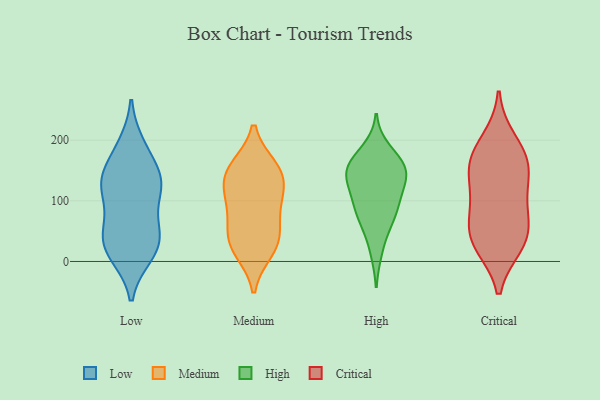
{"axis": {"x": "Humidity (%)", "y": "Value"}, "legend": ["Critical", "High", "Low", "Medium"], "data": [{"x": "", "y": 63, "type": "Low"}, {"x": "", "y": 125, "type": "Low"}, {"x": "", "y": 191, "type": "Low"}, {"x": "", "y": 134, "type": "Low"}, {"x": "", "y": 183, "type": "Low"}, {"x": "", "y": 32, "type": "Low"}, {"x": "", "y": 18, "type": "Low"}, {"x": "", "y": 11, "type": "Low"}, {"x": "", "y": 125, "type": "Low"}, {"x": "", "y": 55, "type": "Low"}, {"x": "", "y": 46, "type": "Low"}, {"x": "", "y": 136, "type": "Low"}, {"x": "", "y": 139, "type": "Low"}, {"x": "", "y": 111, "type": "Low"}, {"x": "", "y": 17, "type": "Low"}, {"x": "", "y": 18, "type": "Medium"}, {"x": "", "y": 150, "type": "Medium"}, {"x": "", "y": 24, "type": "Medium"}, {"x": "", "y": 41, "type": "Medium"}, {"x": "", "y": 95, "type": "Medium"}, {"x": "", "y": 155, "type": "Medium"}, {"x": "", "y": 44, "type": "Medium"}, {"x": "", "y": 81, "type": "Medium"}, {"x": "", "y": 116, "type": "Medium"}, {"x": "", "y": 151, "type": "Medium"}, {"x": "", "y": 127, "type": "Medium"}, {"x": "", "y": 83, "type": "High"}, {"x": "", "y": 142, "type": "High"}, {"x": "", "y": 144, "type": "High"}, {"x": "", "y": 160, "type": "High"}, {"x": "", "y": 17, "type": "High"}, {"x": "", "y": 74, "type": "High"}, {"x": "", "y": 91, "type": "High"}, {"x": "", "y": 59, "type": "High"}, {"x": "", "y": 116, "type": "High"}, {"x": "", "y": 158, "type": "High"}, {"x": "", "y": 115, "type": "High"}, {"x": "", "y": 162, "type": "High"}, {"x": "", "y": 184, "type": "High"}, {"x": "", "y": 143, "type": "High"}, {"x": "", "y": 200, "type": "Critical"}, {"x": "", "y": 84, "type": "Critical"}, {"x": "", "y": 27, "type": "Critical"}, {"x": "", "y": 163, "type": "Critical"}, {"x": "", "y": 28, "type": "Critical"}, {"x": "", "y": 85, "type": "Critical"}, {"x": "", "y": 157, "type": "Critical"}, {"x": "", "y": 117, "type": "Critical"}, {"x": "", "y": 146, "type": "Critical"}, {"x": "", "y": 43, "type": "Critical"}, {"x": "", "y": 43, "type": "Critical"}, {"x": "", "y": 176, "type": "Critical"}]}